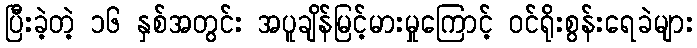
ပြီးခဲ့တဲ့ ၁၆ နှစ်အတွင်း အပူချိန်မြင့်မားမှုကြောင့် ဝင်ရိုးစွန်းရေခဲများ